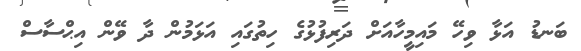
ބަނޑު އަޅާ ވިހޭ މައިމީހާއަށް ދަރިފުޅުގެ ހިތުގައި އަޅަމުން ދާ ވޭން އިޙްސާސް